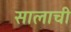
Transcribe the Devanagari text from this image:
सालाची